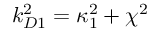
{ k _ { D 1 } ^ { 2 } = \kappa _ { 1 } ^ { 2 } + \chi ^ { 2 } }